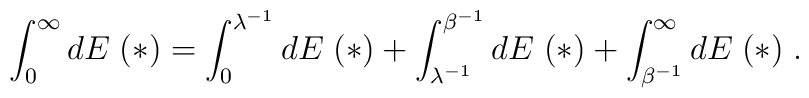
\int_0^\infty d E \; (*) = \int_0^{\lambda^{- 1}} d E \; (*) + \int_{\lambda^{- 1}}^{\beta^{- 1}} d E \; (*) + \int_{\beta^{- 1}}^\infty d E \; (*) \; .